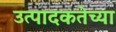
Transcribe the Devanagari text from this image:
उत्पादकतेच्या